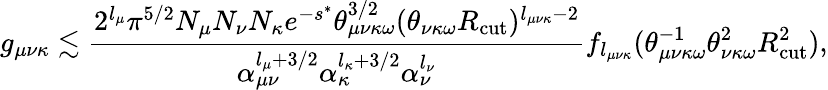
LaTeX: g_{\mu\nu\kappa}\lesssim\frac{2^{l_{\mu}}\pi^{5/2}N_{\mu}N_{\nu}N_{\kappa}e^{-s^{*}}\theta_{\mu\nu\kappa\omega}^{3/2}(\theta_{\nu\kappa\omega}R_{\mathrm{cut}})^{l_{\mu\nu\kappa}-2}}{\alpha_{\mu\nu}^{l_{\mu}+3/2}\alpha_{\kappa}^{l_{\kappa}+3/2}\alpha_{\nu}^{l_{\nu}}}f_{l_{\mu\nu\kappa}}(\theta_{\mu\nu\kappa\omega}^{-1}\theta_{\nu\kappa\omega}^{2}R_{\mathrm{cut}}^{2}),